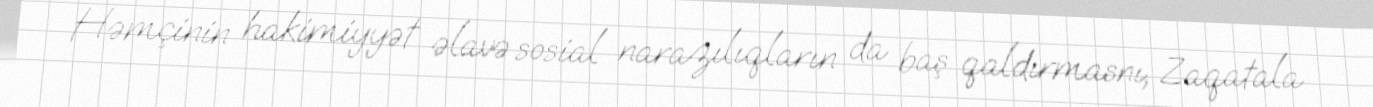
Həmçinin hakimiyyət əlavə sosial narazılıqların da baş qaldırmasnı, Zaqatala